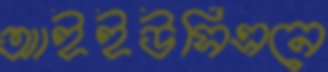
আইইউসিএনে